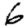
Digit: 6